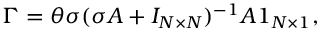
\boldsymbol { \Gamma } = \theta \sigma ( \sigma A + I _ { N \times N } ) ^ { - 1 } A \boldsymbol { 1 } _ { N \times 1 } ,